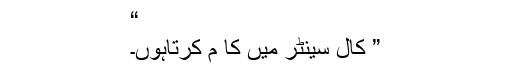
“
” کال سینٹر میں کا م کرتاہوں۔